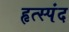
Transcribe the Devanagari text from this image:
हृत्स्पंद